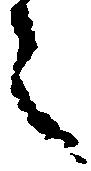
々